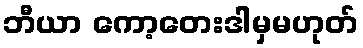
ဘီယာ ကော့တေးဒါမှမဟုတ်